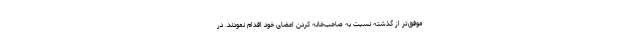
موفق‌تر از گذشته نسبت به صاحب‌خانه کردن اعضای خود اقدام نمودند. در